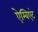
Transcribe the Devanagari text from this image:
ऐम्बिएंट